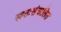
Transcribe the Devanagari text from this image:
स्वतःसंचालित